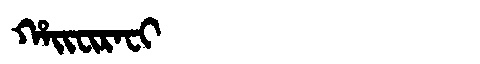
Manchu: ᡥᠠᡳᠸᡳᡵᠠᠸᡳ
Romanization: HAIFIRAFI